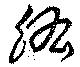
肱